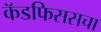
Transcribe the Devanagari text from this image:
कॅडफिससचा